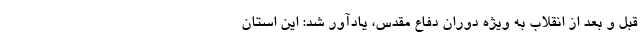
قبل و بعد از انقلاب به ویژه دوران دفاع مقدس، یادآور شد: این استان